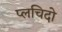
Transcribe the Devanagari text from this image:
प्लचिदो